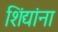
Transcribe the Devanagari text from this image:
शिंद्यांना